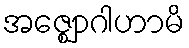
အဇ္ဈောဂါဟာမိ